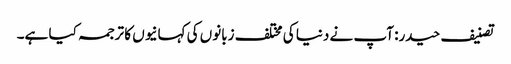
تصنیف حیدر: آپ نے دنیا کی مختلف زبانوں کی کہانیوں کا ترجمہ کیا ہے۔